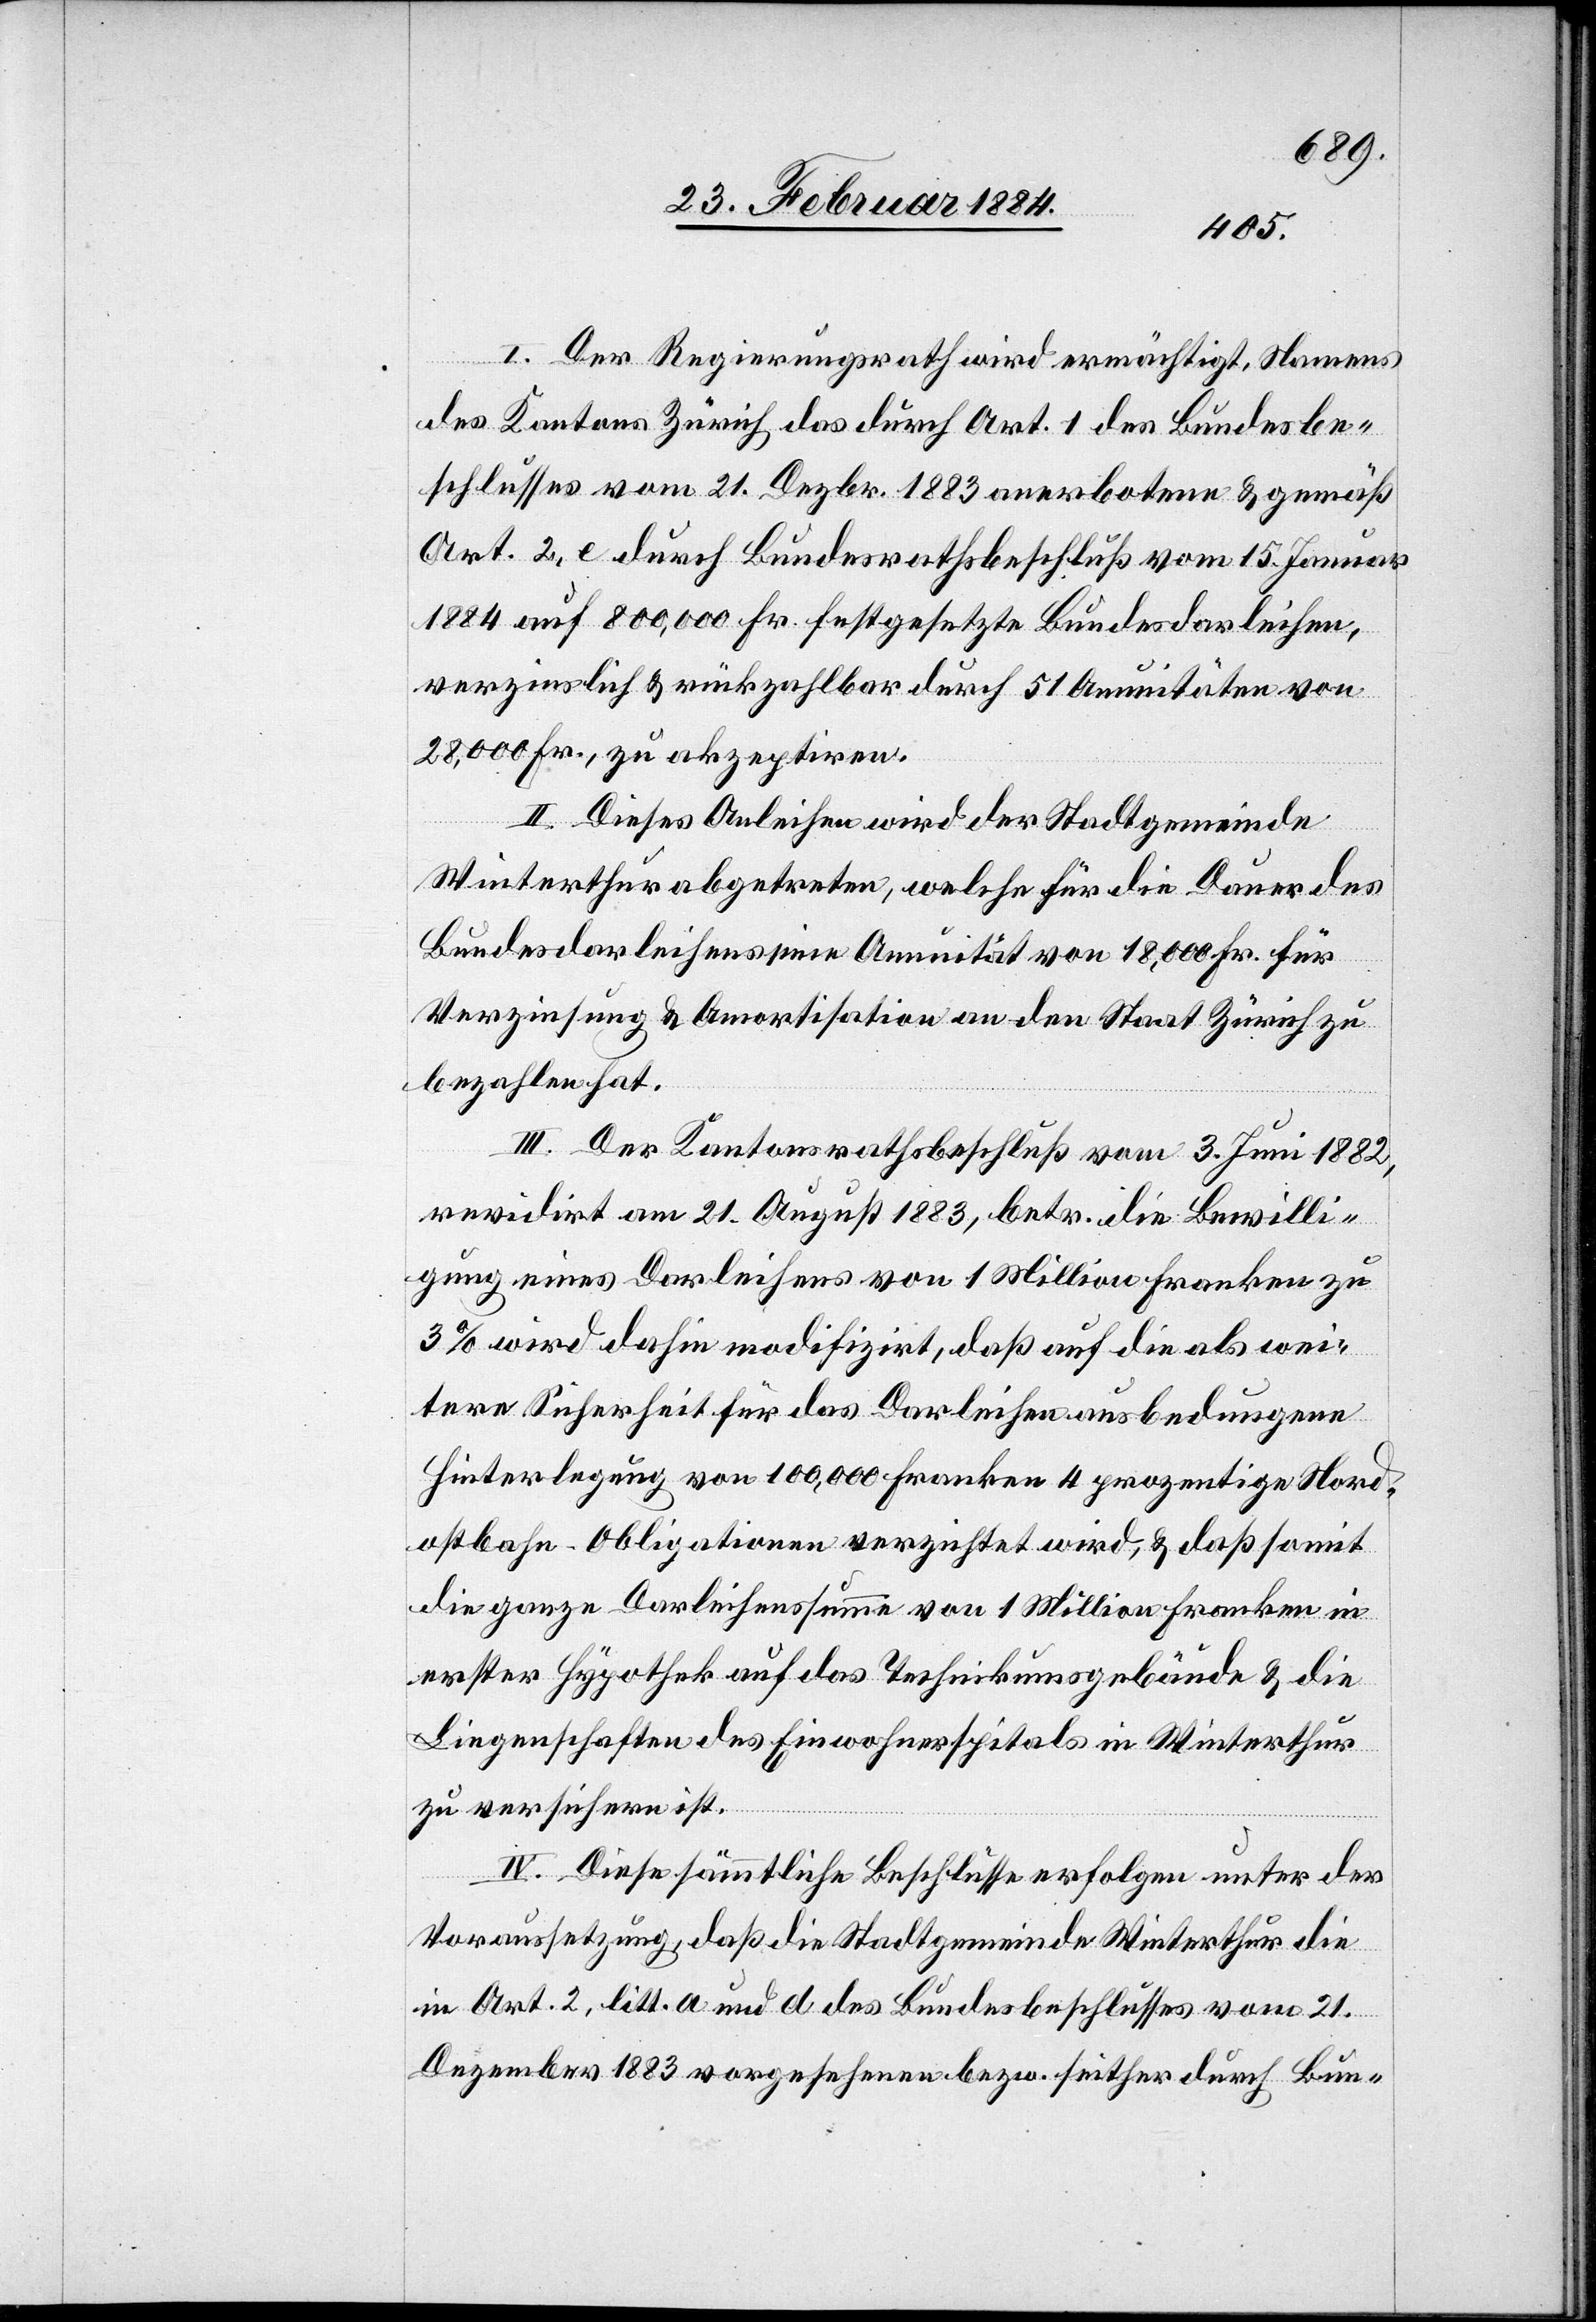
I. Der Regierungsrath wird ermächtigt, Namens
des Kantons Zürich, das durch Art. 1 des Bundesbe¬
schlusses vom 21. Dezbr. 1883 anerbotene & gemäß
Art. 2, e durch Bundesrathsbeschluß vom 15. Januar
1884 auf 800,000 Fr. festgesetzte Bundesdarleihen,
verzinslich & zurückzahlbar durch 51 Annuitäten von
28,000 Fr., zu akzeptieren.
II. Dieses Anleihen wird der Stadtgemeinde
Winterthur abgetreten, welche für die Dauer des
Bundesdarleihens eine Annuität von 18,000 Fr. für
Verzinsung & Amortisation an den Staat Zürich zu
bezahlen hat.
III. Der Kantonsrathsbeschluß vom 3. Juni 1882
revidirt am 21. August 1883, betr. die Bewilli¬
gung eines Darleihens von 1 Million Franken zu
3% wird dahin modifizirt, daß auf die als wei¬
tere Sicherheit für das Darleihen ausbedungene
Hinterlegung von 100,000 Franken 4 prozentige Nord¬
ostbahn-Obligationen verzichtet wird, & daß somit
die ganze Darleihensfirma von 1 Million Franken in
erster Hypothek auf das Technikumsgebäude & die
Liegenschaften des Einwohnerspitals in Winterthur
zu versichern ist.
IV. Diese sämmtlichen Beschlüsse erfolgen unter der
Voraussetzung, daß die Stadtgemeinde Winterthur die
in Art. 2, litt. a und d des Bundesbeschlusses vom 21.
Dezember 1883 vorgesehenen bzw. seither durch Bun-